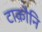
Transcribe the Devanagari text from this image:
टाकौनि